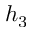
h _ { 3 }